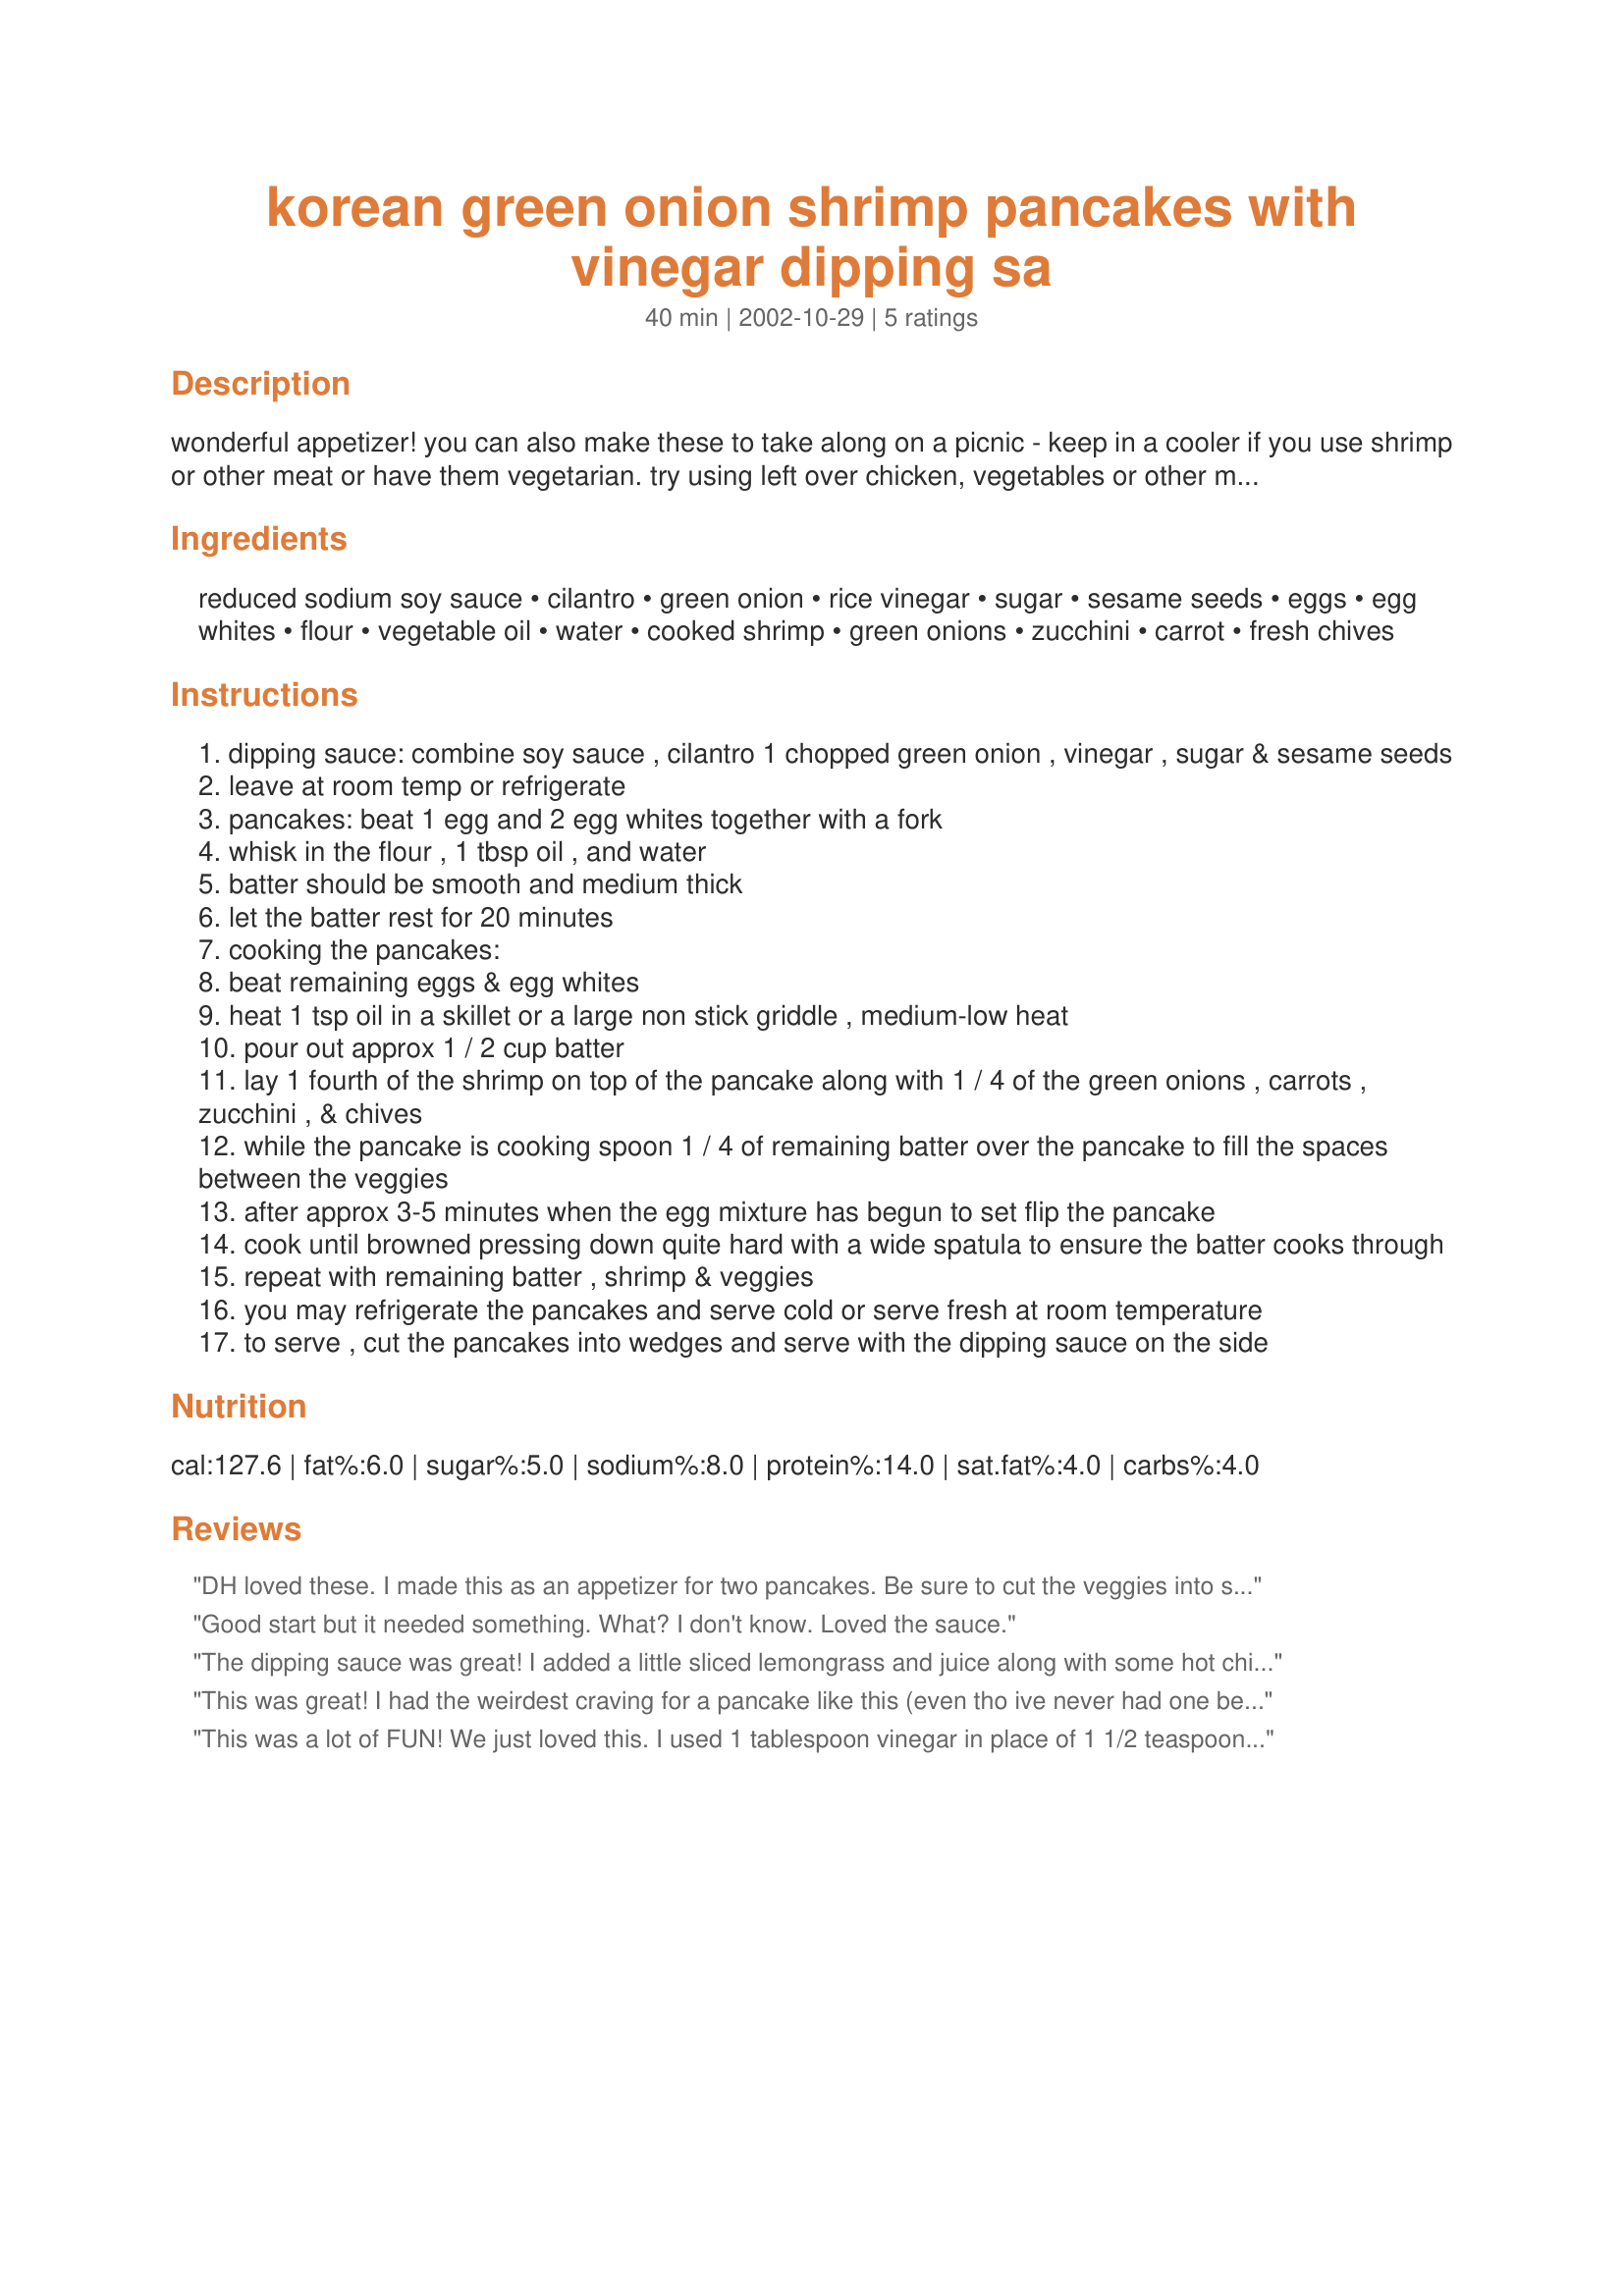
korean green onion shrimp pancakes with vinegar dipping sa
Preparation time: 40 minutes

wonderful appetizer! you can also make these to take along on a picnic - keep in a cooler if you use shrimp or other meat or have them vegetarian. try using left over chicken, vegetables or other meats. in korea this is called "pajon" and is a typical street vendor food. use chopsticks or you fingers. this recipe was originally from eating well magazine (1993)

Ingredients:
reduced sodium soy sauce, cilantro, green onion, rice vinegar, sugar, sesame seeds, eggs, egg whites, flour, vegetable oil, water, cooked shrimp, green onions, zucchini, carrot, fresh chives

Steps:
dipping sauce: combine soy sauce , cilantro 1 chopped green onion , vinegar , sugar & sesame seeds
leave at room temp or refrigerate
pancakes: beat 1 egg and 2 egg whites together with a fork
whisk in the flour , 1 tbsp oil , and water
batter should be smooth and medium thick
let the batter rest for 20 minutes
cooking the pancakes:
beat remaining eggs & egg whites
heat 1 tsp oil in a skillet or a large non stick griddle , medium-low heat
pour out approx 1 / 2 cup batter
lay 1 fourth of the shrimp on top of the pancake along with 1 / 4 of the green onions , carrots , zucchini , & chives
while the pancake is cooking spoon 1 / 4 of remaining batter over the pancake to fill the spaces between the veggies
after approx 3-5 minutes when the egg mixture has begun to set flip the pancake
cook until browned pressing down quite hard with a wide spatula to ensure the batter cooks through
repeat with remaining batter , shrimp & veggies
you may refrigerate the pancakes and serve cold or serve fresh at room temperature
to serve , cut the pancakes into wedges and serve with the dipping sauce on the side

Reviews:
DH loved these. I made this as an appetizer for two pancakes. Be sure to cut the veggies into small chunks, The first one I made didn't come out as good as the second. Served with Recipe #83203, Recipe #30457 and Recipe #30769. Great meal.
Good start but it needed something. What? I don't know. Loved the sauce.
The dipping sauce was great! I added a little sliced lemongrass and juice along with some hot chili oil. I really wasn't a fan of the pancake. For me, there were too many eggs. Maybe I will try this again without so many eggs, but I did love the sauce!
This was great! I had the weirdest craving for a pancake like this (even tho ive never had one before...weird) and this recipe satisfied it soooo well...Don't expect something like a scallion pancake, as this definitely is much egg-ier, but i thought it was GREAT. The dipping sauce was really good. This made more than 4 pancakes, but we might have just made them smaller..we used it to serve about 5 people for a dinner main dish. so good! (used leftover chicken instead of shrimp, and cooked it in some sesame oil instead of veggie). i cant wait to eat the leftovers tomorrow (i tasted it cold too, tastes yummy!) xD
This was a lot of FUN! We just loved this. I used 1 tablespoon vinegar in place of 1 1/2 teaspoon. Also added fresh grated ginger and hot sesame oil. All for the dipping sauce.
 I did need more egg for the second batter. Skipped the chives. Thanks for a great recipe.
